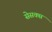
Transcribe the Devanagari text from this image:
सेसक्स